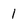
Character: 1